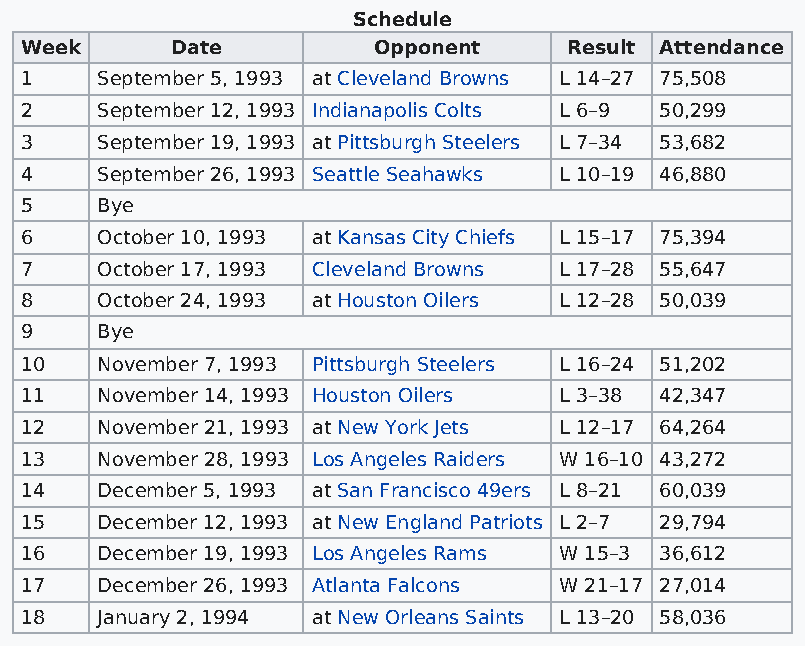
Schedule
 Week      Date          Opponent    Result Attendance
 1    September 5, 1993 at Cleveland Browns L 14–27 75,508
 2    September 12, 1993 Indianapolis Colts L 6–9 50,299
 3    September 19, 1993 at Pittsburgh Steelers L 7–34 53,682
 4    September 26, 1993 Seattle Seahawks L 10–19 46,880
 5    Bye
 6    October 10, 1993 at Kansas City Chiefs L 15–17 75,394
 7    October 17, 1993 Cleveland Browns L 17–28 55,647
 8    October 24, 1993 at Houston Oilers L 12–28 50,039
 9    Bye
 10   November 7, 1993 Pittsburgh Steelers L 16–24 51,202
 11   November 14, 1993 Houston Oilers L 3–38 42,347
 12   November 21, 1993 at New York Jets L 12–17 64,264
 13   November 28, 1993 Los Angeles Raiders W 16–10 43,272
 14   December 5, 1993 at San Francisco 49ers L 8–21 60,039
 15   December 12, 1993 at New England Patriots L 2–7 29,794
 16   December 19, 1993 Los Angeles Rams W 15–3 36,612
 17   December 26, 1993 Atlanta Falcons W 21–17 27,014
 18   January 2, 1994 at New Orleans Saints L 13–20 58,036